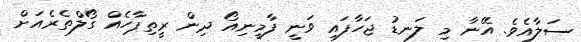
ސަލާއެވެ. އޭނާ މި ލަނޑު ޖަހާފައި ވަނީ ފާމީނިއޯ ދިން ރީތިޕާހެއް ގޯލްތެރެއަށް